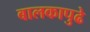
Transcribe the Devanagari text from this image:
बालकापुढे